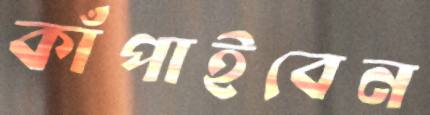
কাঁপাইবেন